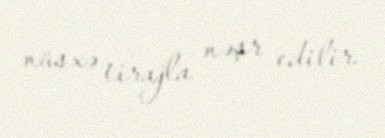
nüsxə tirajla nəşr edilir.